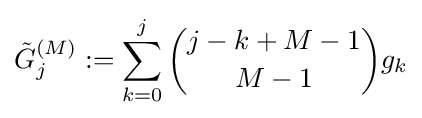
{\tilde {G}}_{j}^{(M)}:=\sum _{k=0}^{j}{j-k+M-1 \choose M-1}g_{k}